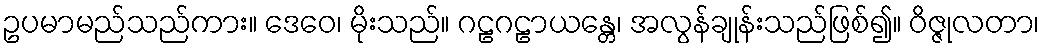
ဥပမာမည်သည်ကား။ ဒေဝေ၊ မိုးသည်။ ဂဠဂဠာယန္တေ၊ အလွန်ချုန်းသည်ဖြစ်၍။ ဝိဇ္ဇုလတာ၊